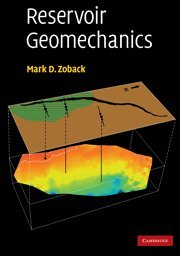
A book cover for Reservoir Geomechanics; Mark D. Zoback; Engineering & Transportation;